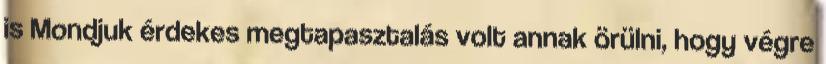
is Mondjuk érdekes megtapasztalás volt annak örülni, hogy végre